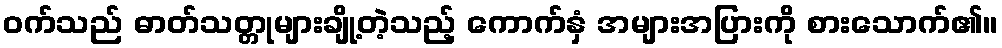
ဝက်သည် ဓာတ်သတ္တုများချို့တဲ့သည့် ကောက်နှံ အများအပြားကို စားသောက်၏။